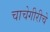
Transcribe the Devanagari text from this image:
चाचेगीरीचे